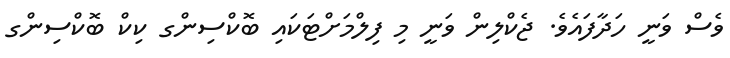
ވެސް ވަނީ ހަދާފައެވެ. ޖެކްލިން ވަނީ މި ފިލްމަށްޓަކައި ބޮކްސިންގ ކިކް ބޮކްސިންގ